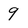
Character: 9